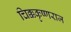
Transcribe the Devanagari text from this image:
चिक्ककृष्णराज